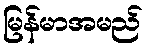
မြန်မာအမည်